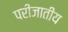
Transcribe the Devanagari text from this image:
परीजातीय